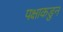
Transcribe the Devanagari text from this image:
पक्षाकडुन